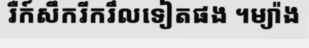
រឺក៍សឹករីករឹលទៀតផង ។ម្យ៉ាង